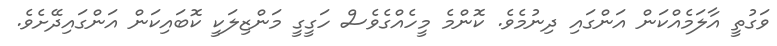
ވަގުތީ އާލަމެއްކަން އަންގައި ދިނުމެވެ. ކޮންމެ މީހެއްގެވެސް ހަގީގީ މަންޒިލަކީ ކޮބައިކަން އަންގައިދޭށެވެ.